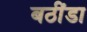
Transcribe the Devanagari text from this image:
बठींडा